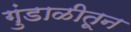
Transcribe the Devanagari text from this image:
गुंडाळीतून